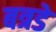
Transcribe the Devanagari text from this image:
बत्रडे